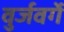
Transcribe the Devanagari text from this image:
वुर्जवर्गे